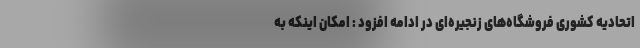
اتحادیه کشوری فروشگاه‌های زنجیره‌ای در ادامه افزود : امکان اینکه به